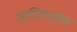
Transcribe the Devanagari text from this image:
जाणिवपूर्वक